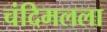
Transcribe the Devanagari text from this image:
चंदिमलला